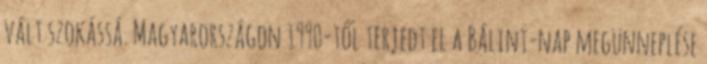
vált szokássá. Magyarországon 1990-től terjedt el a Bálint-nap megünneplése